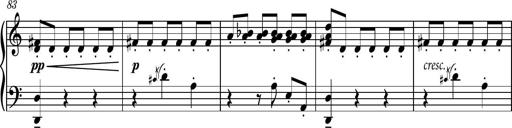
Title: Piano Sonatina No.4
Composer: Dimitri Sykias
Key: D major